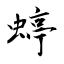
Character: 蝏